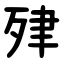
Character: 肂